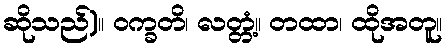
ဆိုသည်)။ ဝက္ခတိ၊ လတ္တံ့။ တထာ၊ ထိုအတူ။